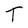
Character: T